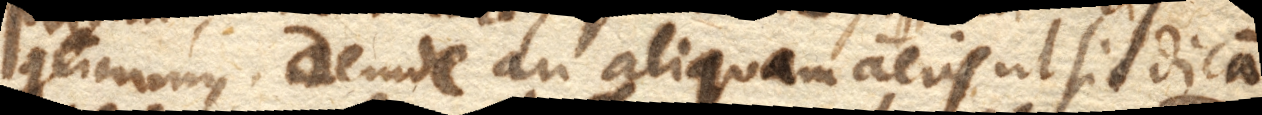
continuari. Deinde an aliquam aeris ut sic dicam